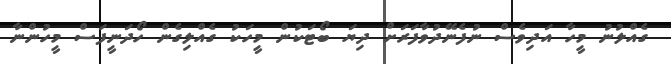
ގެއްލުނު މީހާ އަދިވެސް ނުފެނޭދުވާފަރަށް ދިޔަ ބޯޓަކުން މީހަކު ގެއްލިގެން ހޯދަނީފަސް މީހުންނާ